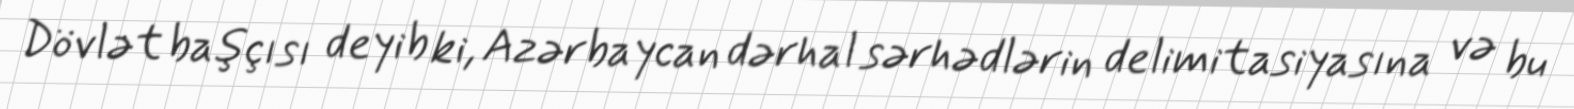
Dövlət başçısı deyib ki, Azərbaycan dərhal sərhədlərin delimitasiyasına və bu